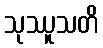
သုဿူသတိ